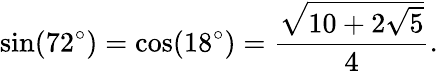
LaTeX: \sin(72^{\circ})=\cos(18^{\circ})={\frac{\sqrt{10+2{\sqrt{5}}}}{4}}.